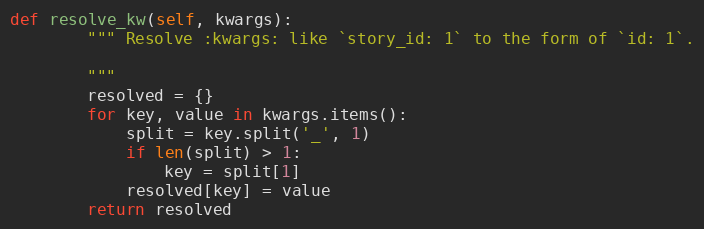
Language: Python
def resolve_kw(self, kwargs):
        """ Resolve :kwargs: like `story_id: 1` to the form of `id: 1`.

        """
        resolved = {}
        for key, value in kwargs.items():
            split = key.split('_', 1)
            if len(split) > 1:
                key = split[1]
            resolved[key] = value
        return resolved